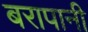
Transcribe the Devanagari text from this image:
बरापानी